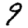
Digit: 9